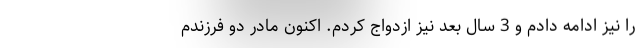
را نیز ادامه دادم و 3 سال بعد نیز ازدواج کردم. اکنون مادر دو فرزندم